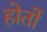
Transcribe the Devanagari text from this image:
होतों